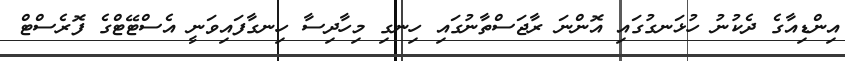
އިންޑިއާގެ ދެކުނު ހުޅަނގުގައި އޮންނަ ރާޖަސްތާނުގައި ހިނގި މިހާދިސާ ހިނގާފައިވަނީ އެސްޓޭޓްގެ ފޮރެސްޓް